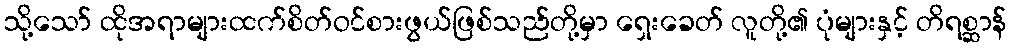
သို့သော် ထိုအရာများထက်စိတ်ဝင်စားဖွယ်ဖြစ်သည်တို့မှာ ရှေးခေတ် လူတို့၏ ပုံများနှင့် တိရစ္ဆာန်